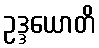
ဥဒ္ဒယောတိ